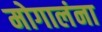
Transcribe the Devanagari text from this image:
मोगालंना